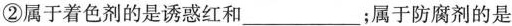
②属于着色剂的是诱惑红和___；属于防腐剂的是